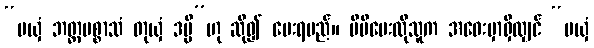
“မယှံ ဘတ္တပစ္စာသံ တုယှံ ဒမ္မိ”ဟု ဆို၍ ပေးရမည်။ မိမိပေးလိုသူက အဝေးမှာရှိလျှင် “မယှံ